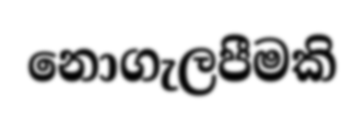
නොගැලපීමකි